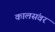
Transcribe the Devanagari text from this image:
कालसंवर